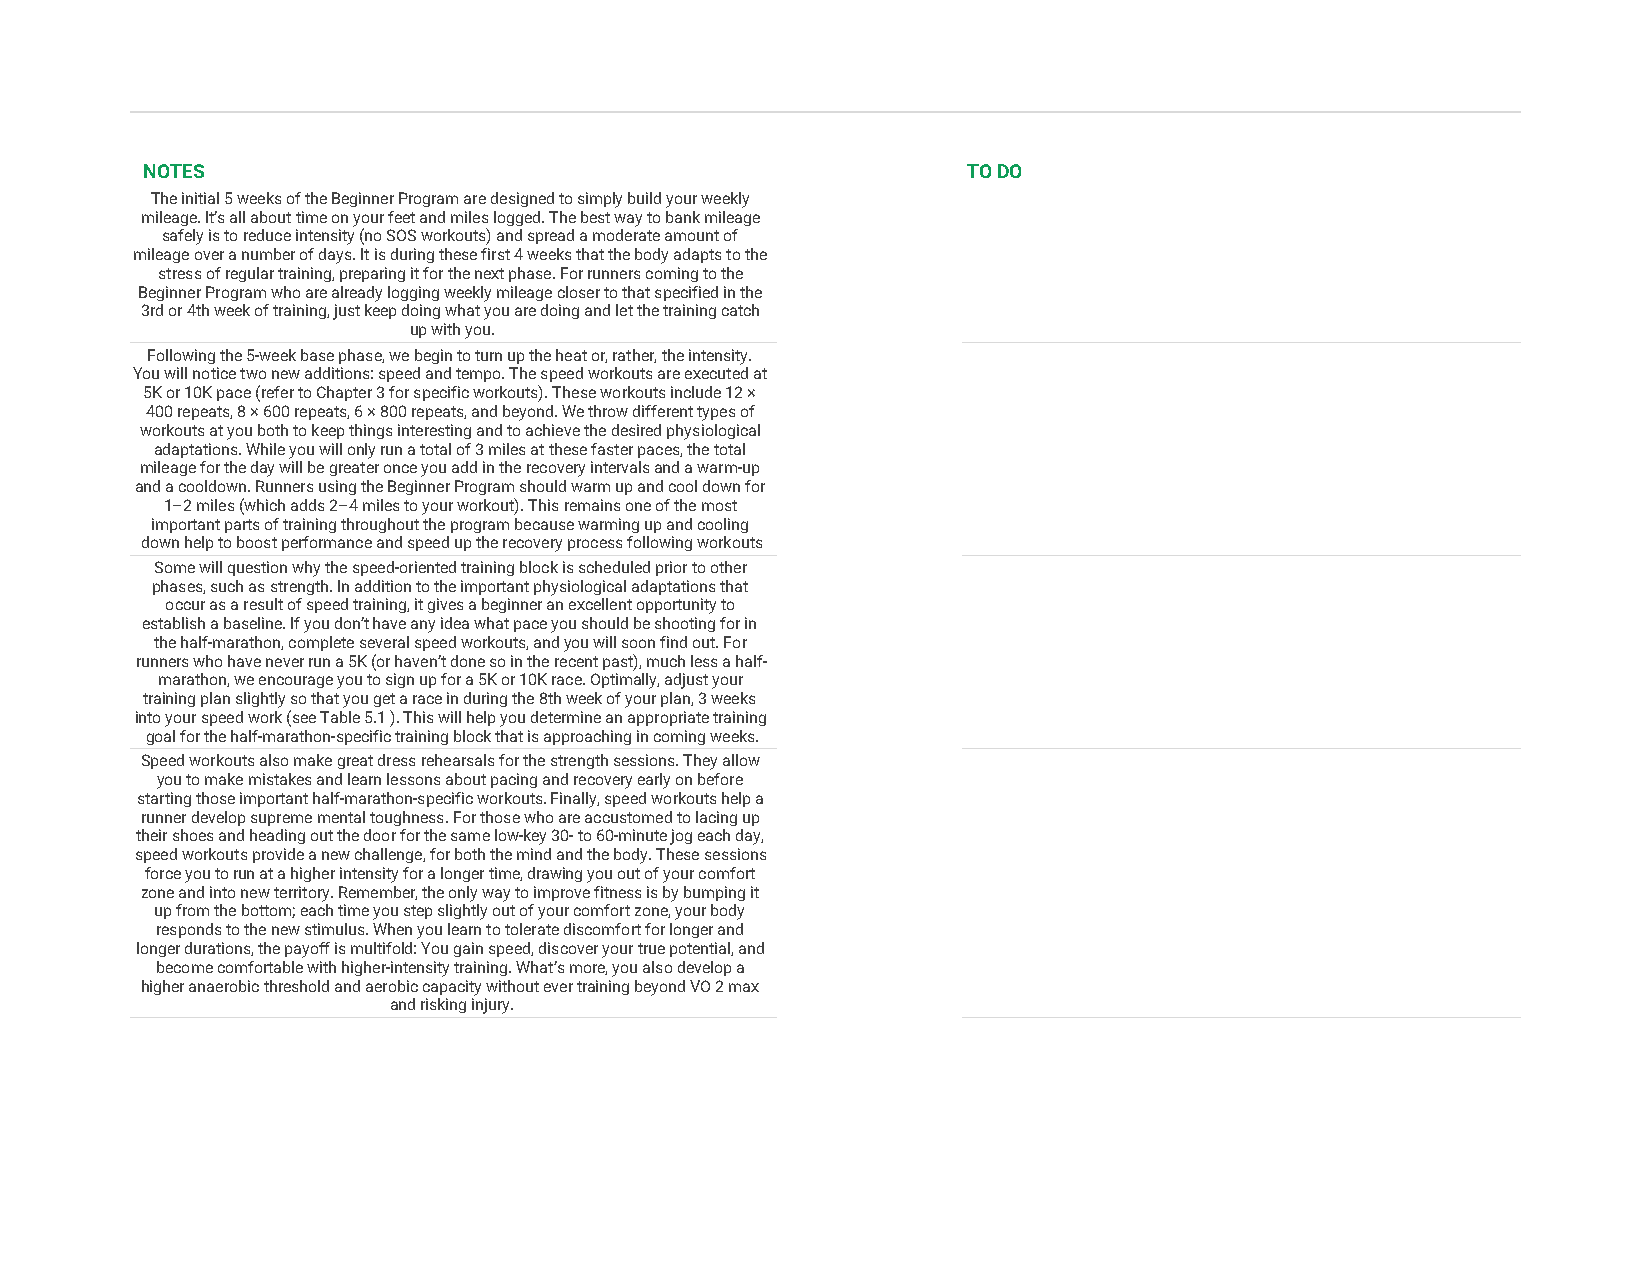
NOTES                                                  TO DO
 The initial 5 weeks of the Beginner Program are designed to simply build your weekly
 mileage. It’s all about time on your feet and miles logged. The best way to bank mileage
 safely is to reduce intensity (no SOS workouts) and spread a moderate amount of
 mileage over a number of days. It is during these first 4 weeks that the body adapts to the
 stress of regular training, preparing it for the next phase. For runners coming to the
 Beginner Program who are already logging weekly mileage closer to that specified in the
 3rd or 4th week of training, just keep doing what you are doing and let the training catch
 up with you.
 Following the 5-week base phase, we begin to turn up the heat or, rather, the intensity.
 You will notice two new additions: speed and tempo. The speed workouts are executed at
 5K or 10K pace (refer to Chapter 3 for specific workouts). These workouts include 12 ×
 400 repeats, 8 × 600 repeats, 6 × 800 repeats, and beyond. We throw different types of
 workouts at you both to keep things interesting and to achieve the desired physiological
 adaptations. While you will only run a total of 3 miles at these faster paces, the total
 mileage for the day will be greater once you add in the recovery intervals and a warm-up
 and a cooldown. Runners using the Beginner Program should warm up and cool down for
 1–2 miles (which adds 2–4 miles to your workout). This remains one of the most
 important parts of training throughout the program because warming up and cooling
 down help to boost performance and speed up the recovery process following workouts
 Some will question why the speed-oriented training block is scheduled prior to other
 phases, such as strength. In addition to the important physiological adaptations that
 occur as a result of speed training, it gives a beginner an excellent opportunity to
 establish a baseline. If you don’t have any idea what pace you should be shooting for in
 the half-marathon, complete several speed workouts, and you will soon find out. For
 runners who have never run a 5K (or haven’t done so in the recent past), much less a half-
 marathon, we encourage you to sign up for a 5K or 10K race. Optimally, adjust your
 training plan slightly so that you get a race in during the 8th week of your plan, 3 weeks
 into your speed work (see Table 5.1 ). This will help you determine an appropriate training
 goal for the half-marathon-specific training block that is approaching in coming weeks.
 Speed workouts also make great dress rehearsals for the strength sessions. They allow
 you to make mistakes and learn lessons about pacing and recovery early on before
 starting those important half-marathon-specific workouts. Finally, speed workouts help a
 runner develop supreme mental toughness. For those who are accustomed to lacing up
 their shoes and heading out the door for the same low-key 30- to 60-minute jog each day,
 speed workouts provide a new challenge, for both the mind and the body. These sessions
 force you to run at a higher intensity for a longer time, drawing you out of your comfort
 zone and into new territory. Remember, the only way to improve fitness is by bumping it
 up from the bottom; each time you step slightly out of your comfort zone, your body
 responds to the new stimulus. When you learn to tolerate discomfort for longer and
 longer durations, the payoff is multifold: You gain speed, discover your true potential, and
 become comfortable with higher-intensity training. What’s more, you also develop a
 higher anaerobic threshold and aerobic capacity without ever training beyond VO 2 max
 and risking injury.